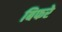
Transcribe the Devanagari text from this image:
बिफरे